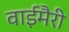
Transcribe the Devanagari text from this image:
वाईमैरी